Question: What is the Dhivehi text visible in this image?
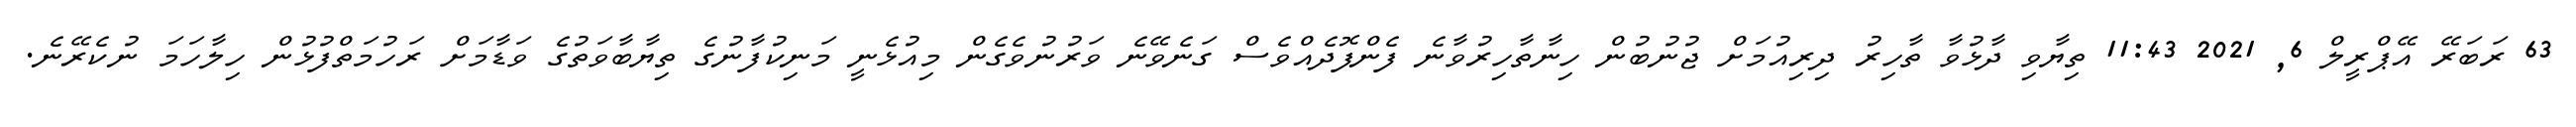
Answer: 63 ރަބަރޭ އޭޕްރީލް 6, 2021 11:43 ތިޔާވި ދާޅުވާ ތާހިރު ދިރިއުމަށް ޖުނުބުން ހިނާތާހިރުވާނެ ފެންފޮދެއްވެސް ގަނެވޭނެ ވަރުނުވެގެން މިއުޅެނީ މަނިކުފާނުގެ ތިޔާބާވަތުގެ ވަޑާމަށް ރަހުމަތްފުޅުން ހިލާހަމަ ނުކެރޭނެ.